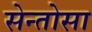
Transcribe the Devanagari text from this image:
सेन्तोसा